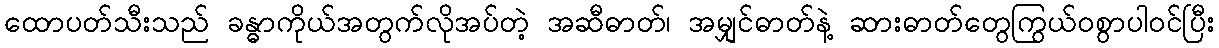
ထောပတ်သီးသည် ခန္ဓာကိုယ်အတွက်လိုအပ်တဲ့ အဆီဓာတ်၊ အမျှင်ဓာတ်နဲ့ ဆားဓာတ်တွေကြွယ်ဝစွာပါဝင်ပြီး